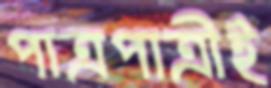
পাত্রপাত্রীই